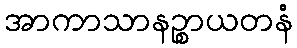
အာကာသာနဉ္စာယတနံ